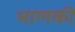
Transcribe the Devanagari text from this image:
भालकी